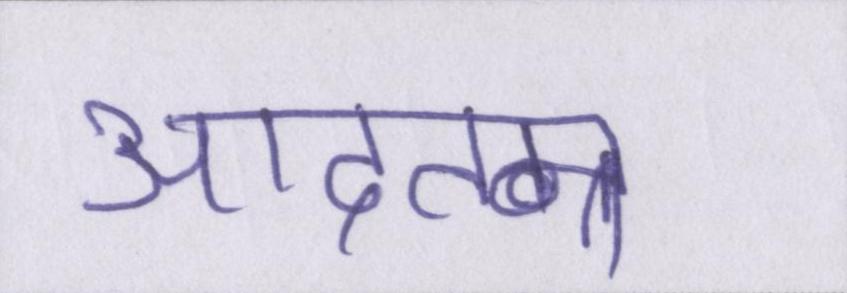
आदतन